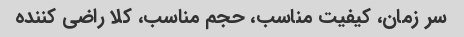
سر زمان، کیفیت مناسب، حجم مناسب، کلا راضی کننده